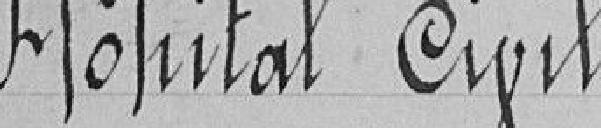
Hôpital civil